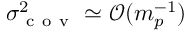
\sigma _ { \mathrm { ~ c ~ o ~ v ~ } } ^ { 2 } \simeq \mathcal { O } ( m _ { p } ^ { - 1 } )